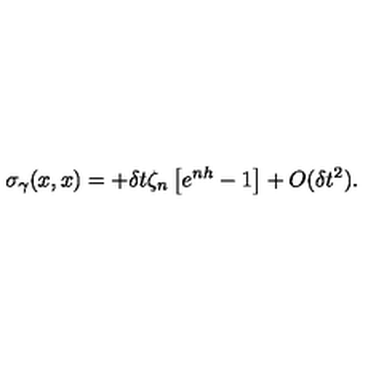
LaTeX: \sigma _ { \gamma } ( x , x ) = + \delta t \zeta _ { n } \left[ e ^ { n h } - 1 \right] + O ( \delta t ^ { 2 } ) .